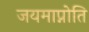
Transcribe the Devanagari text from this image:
जयमाप्नोति